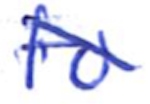
Text: to
Cross-out: diagonal
Writing tool: ballpoint